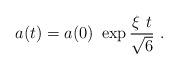
LaTeX: \begin{align*}a(t) = a(0)~ \exp{ {{\xi\ t \over\sqrt 6} }}~ .\end{align*}